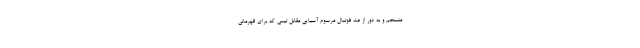
منسجم و به دور از ضد فوتبال مرسوم آسیایی مقابل تیمی که برای قهرمانی